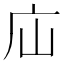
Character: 𢇢